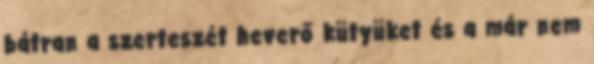
bátran a szerteszét heverő kütyüket és a már nem